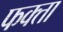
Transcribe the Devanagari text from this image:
फक्ता